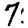
Digit: 7